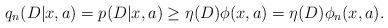
LaTeX: \begin{align*}q_n(D|x,a) &= p(D|x,a) \geq \eta(D) \phi(x,a) = \eta(D) \phi_n(x,a) .\end{align*}